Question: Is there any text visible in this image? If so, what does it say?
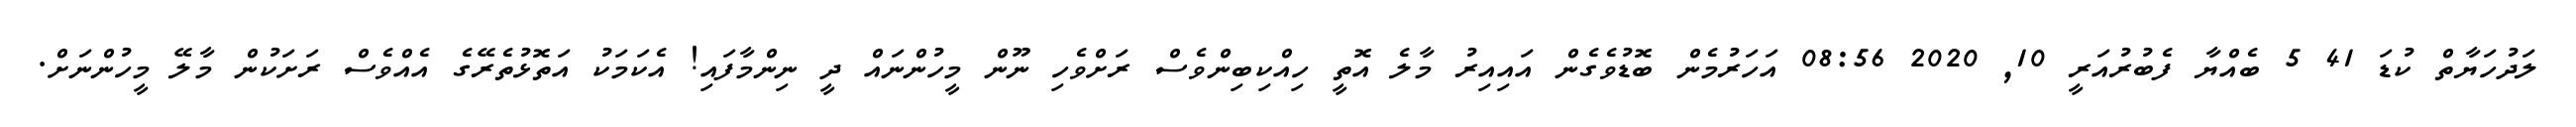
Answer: ލަދުހަޔާތް ކުޑަ 41 5 ބެއްޔާ ފެބުރުއަރީ 10, 2020 08:56 އަހަރުމެން ބޮޑުވެގެން އައިއިރު މާލެ އޮތީ ހިއްކިބިންވެސް ރަށްވެހި ނޫން މީހުންނައް ދީ ނިންމާފައި! އެކަމަކު އަތޮޅުތެރޭގެ އެއްވެސް ރަށަކުން މާލޭ މީހުންނަށް.